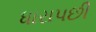
ધારાપછી